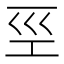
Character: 巠